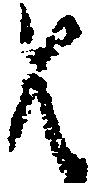
は